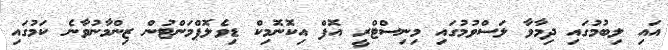
އައި ލިބުމުގައި ދިމާވާ ލަސްވުމުގައި މިނިސްޓްރީ އޮފް އިކޮނޮމިކް ޑިވެލޮޕްމަންޓުން ޒިންމާނުވާނެ ކަމުގައި